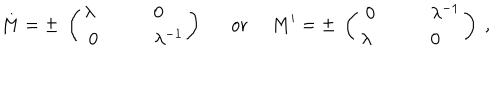
M = \pm \; \left( \begin{array} { l l l } { { \lambda } } & { { \quad } } & { { 0 } } \\ { { \; 0 } } & { { \quad } } & { { \lambda ^ { - 1 } } } \\ \end{array} \right) \ \ \mathrm { o r } \ M ^ { \prime } = \pm \; \left( \begin{array} { l l l } { { \; 0 } } & { { \quad } } & { { \lambda ^ { - 1 } } } \\ { { \lambda } } & { { \quad } } & { { 0 } } \\ \end{array} \right) \ ,